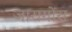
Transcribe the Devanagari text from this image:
जारागोरा